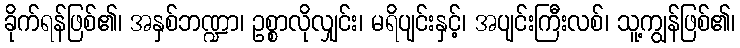
ခိုက်ရန်ဖြစ်၏၊ အနှစ်ဘဏ္ဍာ၊ ဥစ္စာလိုလျှင်း၊ မရိပျင်းနှင့်၊ အပျင်းကြီးလစ်၊ သူ့ကျွန်ဖြစ်၏၊